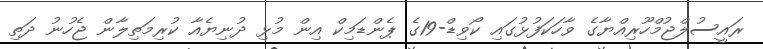
ރައީސުލްޖުމްހޫރިއްޔާގެ ވާހަކަފުޅުގައި ކޯވިޑް-19ގެ ޕެންޑަމިކް އިން މުޅި ދުނިޔެއާ ކުރިމަތިލާން ޖެހުނު ދަތި